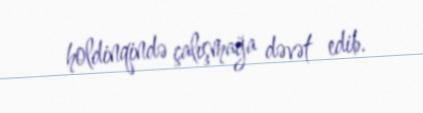
holdinqində çalışmağa dəvət edib.